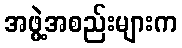
အဖွဲ့အစည်းများက